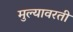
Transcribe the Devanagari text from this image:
मुल्यावरती